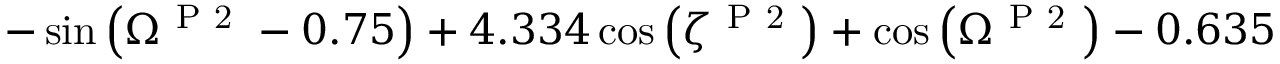
- \sin { \left( \Omega ^ { \mathrm { ~ P ~ 2 ~ } } - 0 . 7 5 \right) } + 4 . 3 3 4 \cos { \left( \zeta ^ { \mathrm { ~ P ~ 2 ~ } } \right) } + \cos { \left( \Omega ^ { \mathrm { ~ P ~ 2 ~ } } \right) } - 0 . 6 3 5